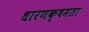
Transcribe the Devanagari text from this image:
धारणक्षमता